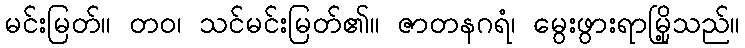
မင်းမြတ်။ တဝ၊ သင်မင်းမြတ်၏။ ဇာတနဂရံ၊ မွေးဖွားရာမြို့သည်။